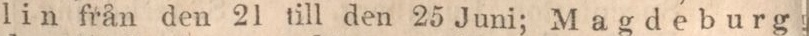
lin från den 21 till den 25 Juni; Magdeburg